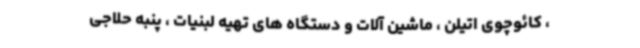
، کائوچوی اتیلن ، ماشین آلات و دستگاه های تهیه لبنیات ، پنبه حلاجی